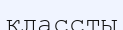
классты